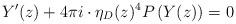
LaTeX: \begin{align*}Y'(z)+4\pi i\cdot \eta_D(z)^4P\left(Y(z)\right)=0\end{align*}